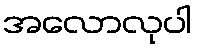
အလောလုပါ